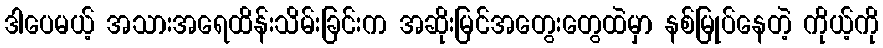
ဒါပေမယ့် အသားအရေထိန်းသိမ်းခြင်းက အဆိုးမြင်အတွေးတွေထဲမှာ နစ်မြုပ်နေတဲ့ ကိုယ့်ကို